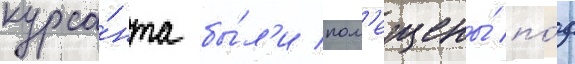
курса́нта бы́л'и пом'ещены́ по́д